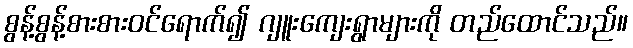
စွန့်စွန့်စားစားဝင်ရောက်၍ ဂျူးကျေးရွာများကို တည်ထောင်သည်။